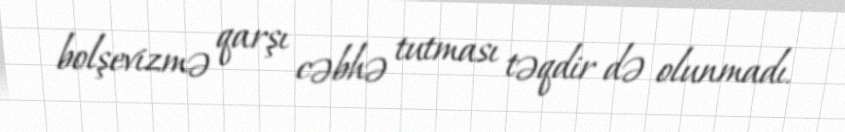
bolşevizmə qarşı cəbhə tutması təqdir də olunmadı.